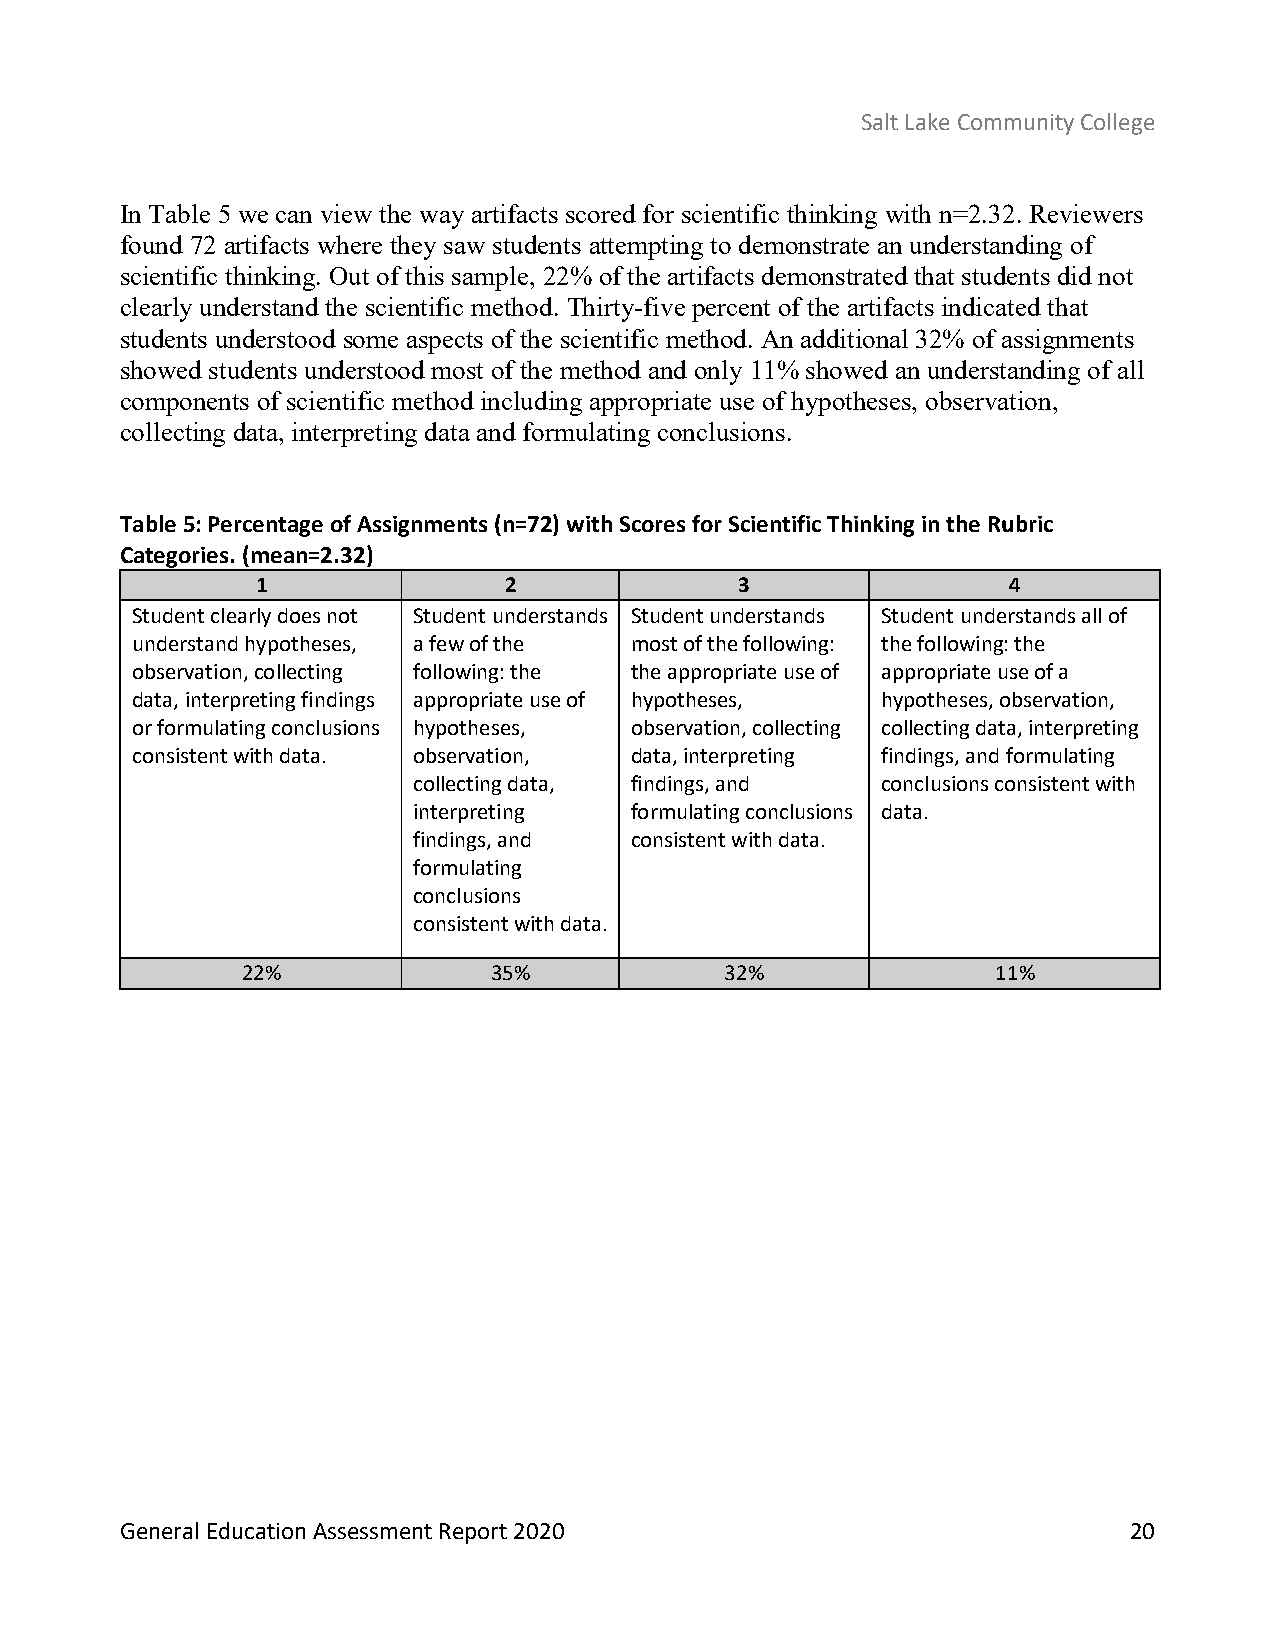
Salt Lake Community College
 In Table 5 we can view the way artifacts scored for scientific thinking with n=2.32. Reviewers
 found 72 artifacts where they saw students attempting to demonstrate an understanding of
 scientific thinking. Out of this sample, 22% of the artifacts demonstrated that students did not
 clearly understand the scientific method. Thirty-five percent of the artifacts indicated that
 students understood some aspects of the scientific method. An additional 32% of assignments
 showed students understood most of the method and only 11% showed an understanding of all
 components of scientific method including appropriate use of hypotheses, observation,
 collecting data, interpreting data and formulating conclusions.
 Table 5: Percentage of Assignments (n=72) with Scores for Scientific Thinking in the Rubric
 Categories. (mean=2.32)
 1               2               3                 4
 Student clearly does not Student understands Student understands Student understands all of
 understand hypotheses, a few of the most of the following: the following: the
 observation, collecting following: the the appropriate use of appropriate use of a
 data, interpreting findings appropriate use of hypotheses, hypotheses, observation,
 or formulating conclusions hypotheses, observation, collecting collecting data, interpreting
 consistent with data. observation, data, interpreting findings, and formulating
 collecting data, findings, and conclusions consistent with
 interpreting   formulating conclusions data.
 findings, and  consistent with data.
 formulating
 conclusions
 consistent with data.
 22%             35%             32%               11%
 General Education Assessment Report 2020                           20